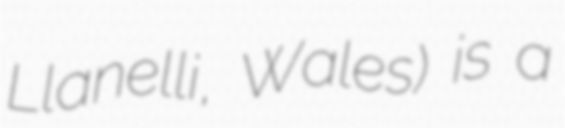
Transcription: Llanelli, Wales) is a